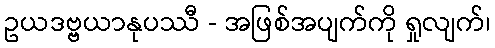
ဥယဒဗ္ဗယာနုပဿီ - အဖြစ်အပျက်ကို ရှုလျက်၊